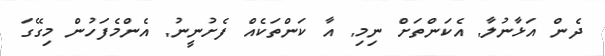
ދެން އަޅާނުލާ